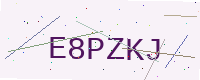
Text: E8PZKJ